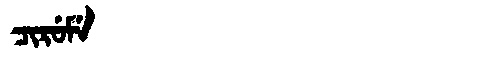
Manchu: ᠴᡳᡵᡠᠮᡝ
Romanization: CIRUME